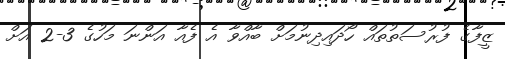
ޒީފާގެ ފުރުސަތުތައް ހޯދައިދިނުމަށް ބާއްވާ އެ ފެއާ އަންނަ މަހުގެ 3-2 އަށް